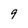
Character: 9